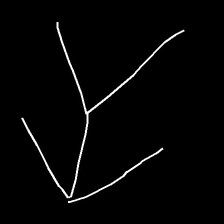
Glyph: gather